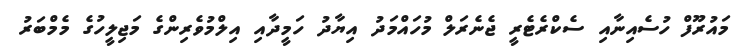
މައުރޫފް ހުސެއިނާއި ސެކްރެޓެރީ ޖެނެރަލް މުހައްމަދު އިޔާދު ހަމީދާއި އިލްމުވެެެރިންގެ މަޖިލީހުގެ މެމްބަރު